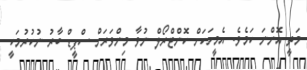
މަތީ އޮންނަ ކަމެވެ. އެމީހަކަށް ކޮންޓްރޯލް ނުވާ މިންވަރަށް ސްޕީޑް ބާރު ނުކުރުމަކީ